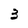
Character: 3